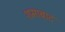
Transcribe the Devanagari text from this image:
शमाबाद